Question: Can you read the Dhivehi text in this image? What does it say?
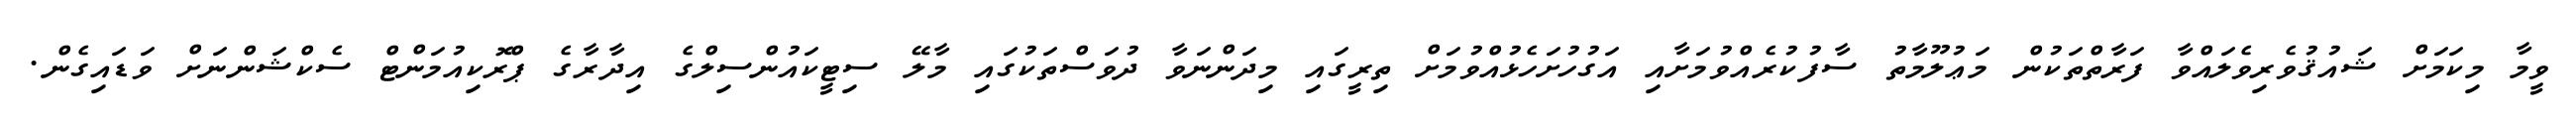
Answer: ވީމާ މިކަމަށް ޝައުޤުވެރިވެލައްވާ ފަރާތްތަކުން މަޢުލޫމާތު ސާފުކުރެއްވުމަށާއި އަގުހުށަހެޅުއްވުމަށް ތިރީގައި މިދަންނަވާ ދުވަސްތަކުގައި މާލޭ ސިޓީކައުންސިލްގެ އިދާރާގެ ޕްރޮކިއުމަންޓް ސެކްޝަންނަށް ވަޑައިގެން.